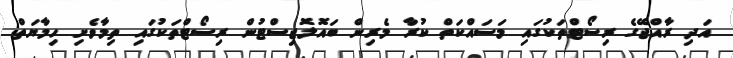
އަދި ރާއްޖޭގެ ރިސޯޓްތަކުގައި މަސައްކަތް ކުރާ މެރިން ބައޮލޮޖިސްޓުން ރިސޯޓްތަކުގައި ތިމާވެށި ހިމާޔަތް